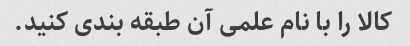
کالا را با نام علمی آن طبقه بندی کنید.